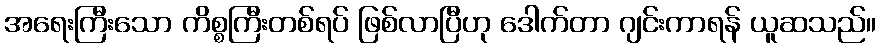
အရေးကြီးသော ကိစ္စကြီးတစ်ရပ် ဖြစ်လာပြီဟု ဒေါက်တာ ဂျင်းကာရန် ယူဆသည်။